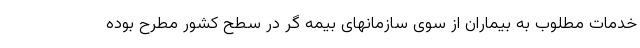
خدمات مطلوب به بیماران از سوی سازمانهای بیمه گر در سطح کشور مطرح بوده